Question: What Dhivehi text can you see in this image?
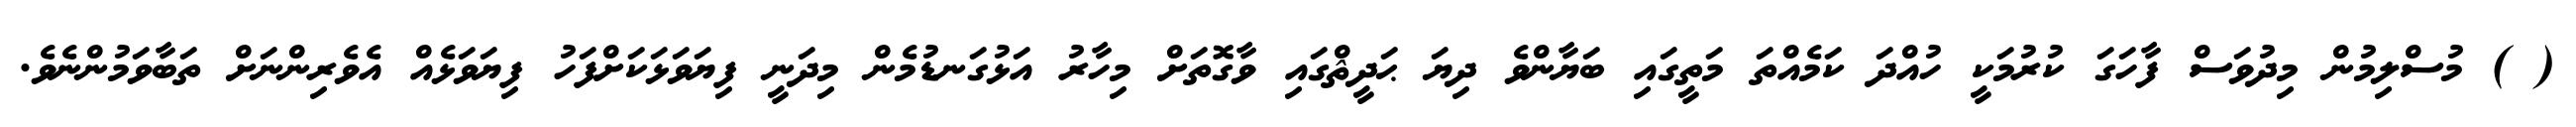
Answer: ( ) މުސްލިމުން މިދުވަސް ފާހަގަ ކުރުމަކީ ހުއްދަ ކަމެއްތަ މަތީގައި ބަޔާންވެ ދިޔަ ޙަދީޘްގައި ވާގޮތަށް މިހާރު އަޅުގަނޑުމެން މިދަނީ ފިޔަވަޅަކަށްފަހު ފިޔަވަޅެއް އެވެރިންނަށް ތަބާވަމުންނެވެ.